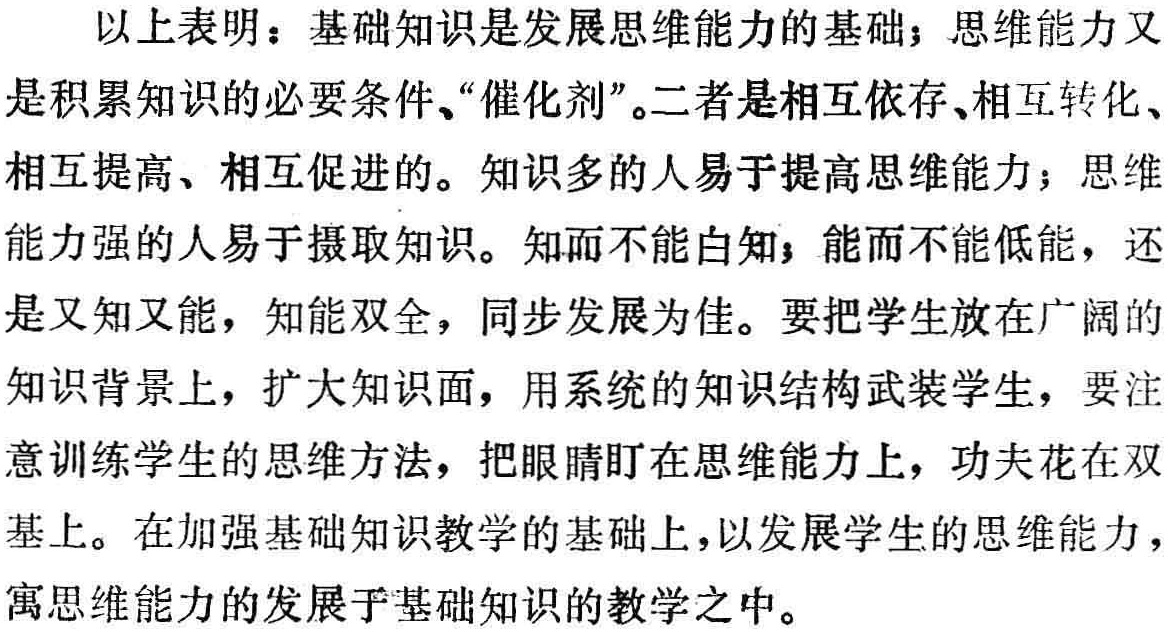
以上表明：基础知识是发展思维能力的基础；思维能力又是积累知识的必要条件、“催化剂”。二者是相互依存、相互转化、相互提高、相互促进的。知识多的人易于提高思维能力；思维能力强的人易于摄取知识。知而不能白知；能而不能低能，还是又知又能，知能双全，同步发展为佳。要把学生放在广阔的知识背景上，扩大知识面，用系统的知识结构武装学生，要注意训练学生的思维方法，把眼睛盯在思维能力上，功夫花在双基上。在加强基础知识教学的基础上，以发展学生的思维能力，寓思维能力的发展于基础知识的教学之中。